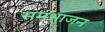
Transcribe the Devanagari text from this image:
समभाजन